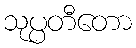
သုပ္ပတီတော